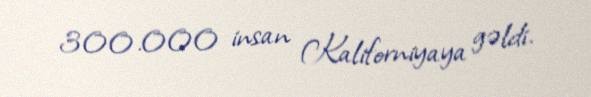
300.000 insan Kaliforniyaya gəldi.